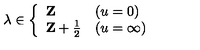
\lambda \in \left\{ \begin{array} { l l } { { \bf Z } } & { ( u = 0 ) } \\ { { \bf Z } + \frac 1 2 } & { ( u = \infty ) } \\ \end{array} \right.